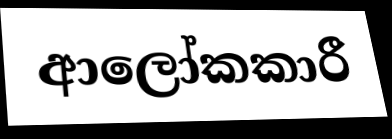
ආලෝකකාරී